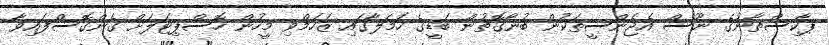
ޕާކިސްތާނުގެ ނޫސް އެޖެންސީތަކުން ބުނާގޮތުން ބަޑީގެ ހަމަލާގައި ޒަހަމްވި މީހުން ހޮސްޕިޓަލަށް ގެންގޮސްފައިވާ